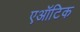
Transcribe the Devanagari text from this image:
एऑटिक